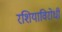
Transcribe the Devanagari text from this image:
रशियाविरोधी